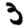
Digit: 3